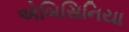
એબિસિનિયા